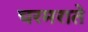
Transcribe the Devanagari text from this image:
चरमराते